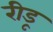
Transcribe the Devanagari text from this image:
रीडू